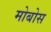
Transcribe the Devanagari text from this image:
मोबोस